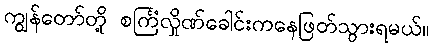
ကျွန်တော်တို့ စင်္ကြံလှိုဏ်ခေါင်းကနေဖြတ်သွားရမယ်။